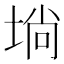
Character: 埫